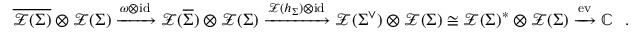
\begin{array} { r } { \overline { { \mathcal { Z } ( \Sigma ) } } \otimes \mathcal { Z } ( \Sigma ) \xrightarrow { \omega \otimes \operatorname { i d } } \mathcal { Z } ( \overline { { \Sigma } } ) \otimes \mathcal { Z } ( \Sigma ) \xrightarrow { \mathcal { Z } ( h _ { \Sigma } ) \otimes \operatorname { i d } } \mathcal { Z } ( \Sigma ^ { \vee } ) \otimes \mathcal { Z } ( \Sigma ) \cong \mathcal { Z } ( \Sigma ) ^ { * } \otimes \mathcal { Z } ( \Sigma ) \xrightarrow { \operatorname { e v } } \mathbb { C } \ \ . } \end{array}